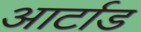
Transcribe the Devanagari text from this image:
आर्टाड